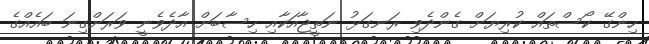
ހިންގޭ ކޯސްތައް ކުރިޔަށް ގެންދެވި ރަނގަޅު ނަތީޖާއަކާއި ހިސާބަށް އާދެވެނީ ވަރަށްގިނަ ބައެއްގެ